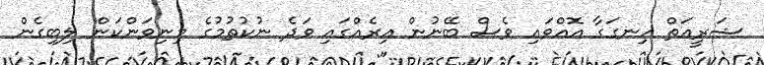
ޝަރީޢަތް ހިނގަގާ އޮއްވައި ވެސް ބޭނުން އިރެއްގައި ވަދެ ނުކުތުމުގެ މިނިވަންކަން ލިބިގެން